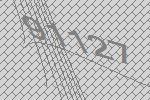
91127